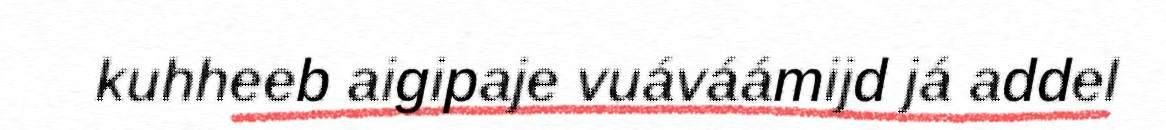
kuhheeb aigipaje vuáváámijd já addel